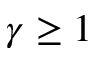
\gamma \geq 1